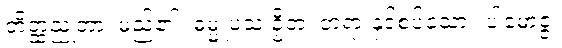
တိတ္ထညုတာ၊ မည်၏။ ဓမ္မူပသ ဉှိတံ၊ တရားနှင့်စပ်သော။ ပါမောဇ္ဇံ၊